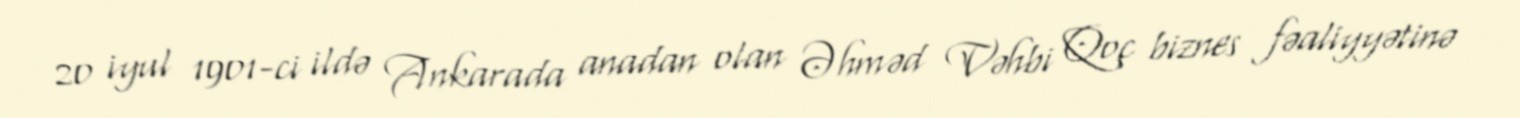
20 iyul 1901-ci ildə Ankarada anadan olan Əhməd Vəhbi Qoç biznes fəaliyyətinə